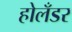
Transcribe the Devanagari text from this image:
होलँडर